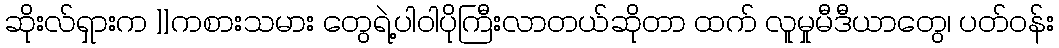
ဆိုးလ်ရှားက ]]ကစားသမား တွေရဲ့ပါဝါပိုကြီးလာတယ်ဆိုတာ ထက် လူမှုမီဒီယာတွေ၊ ပတ်ဝန်း